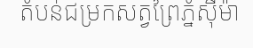
តំបន់ជម្រកសត្វព្រៃភ្នំស៊ីម៉ា